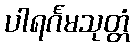
ပါရင်္ဂမသုတ္တံ